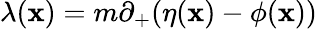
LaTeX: {\lambda}(\mathbf{x})=m{\partial}_{+}({\eta}(\mathbf{x})-{\phi}(\mathbf{x}))